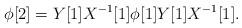
LaTeX: \begin{align*} \phi[2]=Y[1]X^{-1}[1] \phi [1]Y[1]X^{-1}[1]. \end{align*}